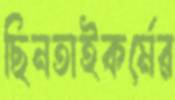
ছিনতাইকর্মের